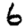
Digit: 6